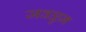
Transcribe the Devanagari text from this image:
जवळुन